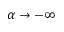
\alpha \rightarrow - \infty